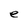
Character: e